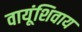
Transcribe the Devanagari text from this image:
वायूंशिवाय